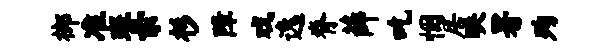
榔准斑亲杉障戏逸脊薛吃悃居映署殉